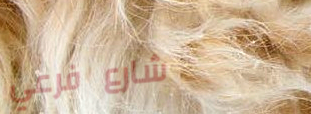
شارع فرعي